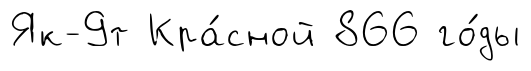
Як-9т Кра́сной 866 го́ды